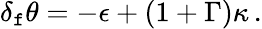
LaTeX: \delta_{\mathtt{f}}\theta=-\epsilon+(1+\Gamma)\kappa\, .